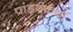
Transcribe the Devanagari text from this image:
पांडवकथा